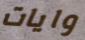
وايات